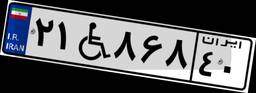
۲۱W۸۶۸۴۰